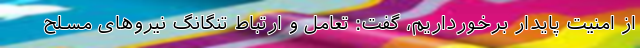
از امنیت پایدار برخورداریم، گفت: تعامل و ارتباط تنگانگ نیروهای مسلح